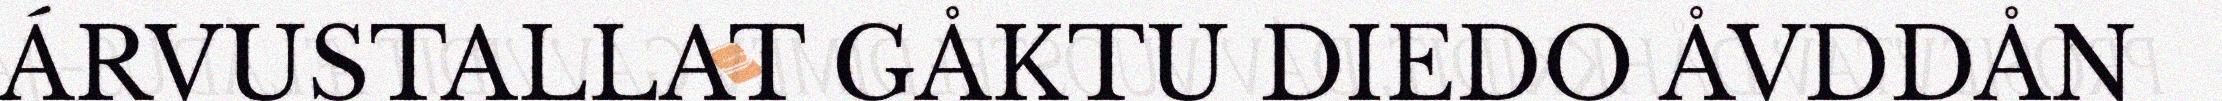
ÁRVUSTALLAT GÅKTU DIEDO ÅVDDÅN